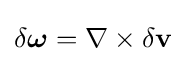
\delta {\boldsymbol {\omega }}=\nabla \times \delta \mathbf {v}